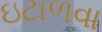
ઇટાળવા